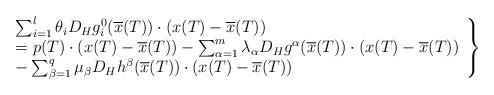
LaTeX: \begin{align*}\left.\begin{array}{l}\sum_{i=1}^{l} \theta_iD_Hg^0_i(\overline{x}(T))\cdot(x(T)-\overline{x}(T))\\=p(T)\cdot (x(T)-\overline{x}(T))-\sum_{\alpha=1}^{m} \lambda_\alpha D_Hg^\alpha(\overline{x}(T)) \cdot (x(T)-\overline{x}(T))\\-\sum_{\beta=1}^{q} \mu_\beta D_Hh^\beta(\overline{x}(T))\cdot(x(T)-\overline{x}(T))\end{array}\right\}\end{align*}